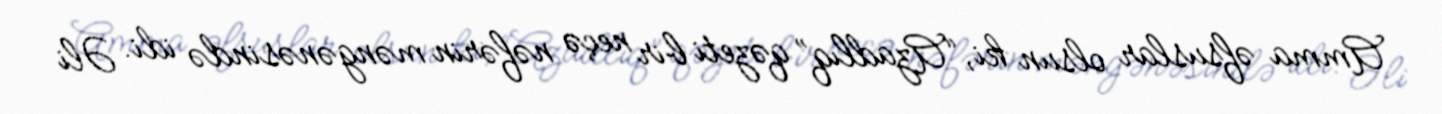
Amma əfsuslar olsun ki, “Azadlıq” qəzeti bir neçə nəfərin məngənəsində idi. Əli